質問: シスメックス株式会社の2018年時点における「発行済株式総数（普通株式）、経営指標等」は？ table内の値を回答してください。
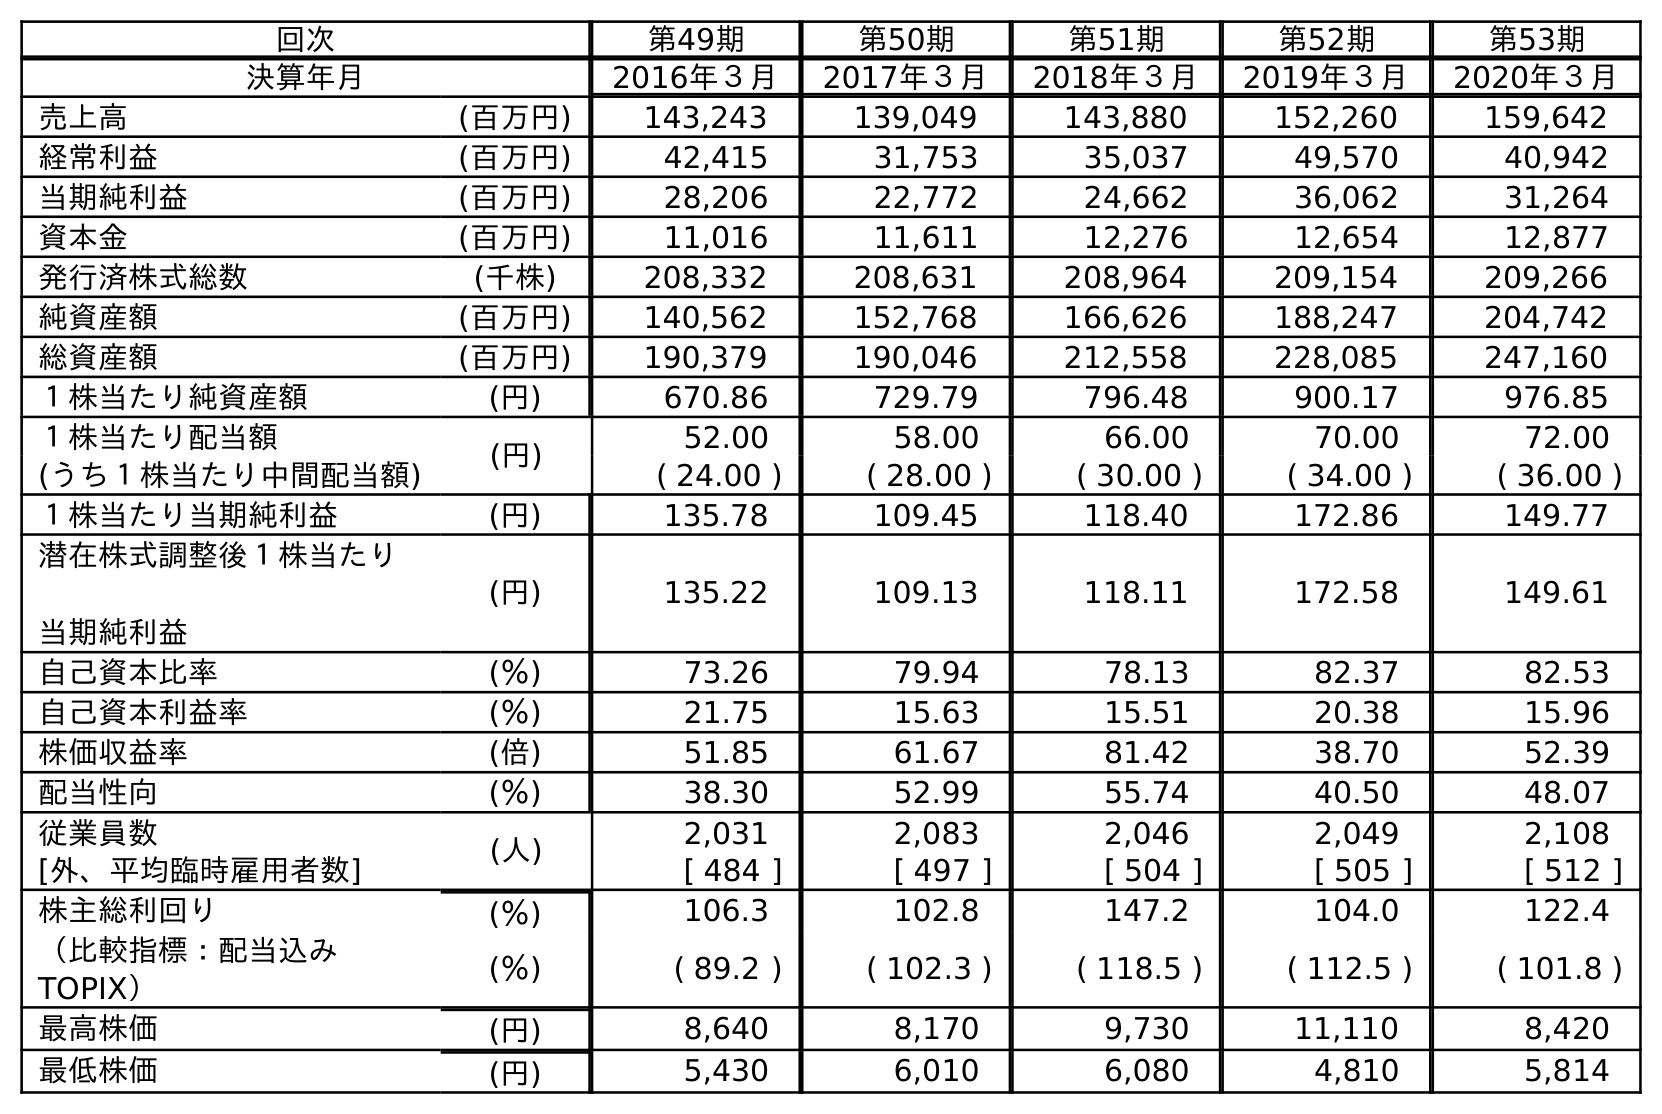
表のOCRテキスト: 回次 第49期 第50期 第51期 第52期 第53期 決算年月 2016年３月 2017年３月 2018年３月 2019年３月 2020年３月 売上高 (百万円) 143,243 139,049 143,880 152,260 159,642 経常利益 (百万円) 42,415 31,753 35,037 49,570 40,942 当期純利益 (百万円) 28,206 22,772 24,662 36,062 31,264 資本金 (百万円) 11,016 11,611 12,276 12,654 12,877 発行済株式総数 (千株) 208,332 208,631 208,964 209,154 209,266 純資産額 (百万円) 140,562 152,768 166,626 188,247 204,742 総資産額 (百万円) 190,379 190,046 212,558 228,085 247,160 １株当たり純資産額 (円) 670.86 729.79 796.48 900.17 976.85 １株当たり配当額 (円) 52.00 58.00 66.00 70.00 72.00 (うち１株当たり中間配当額) ( 24.00 ) ( 28.00 ) ( 30.00 ) ( 34.00 ) ( 36.00 ) １株当たり当期純利益 (円) 135.78 109.45 118.40 172.86 149.77 潜在株式調整後１株当たり 当期純利益 (円) 135.22 109.13 118.11 172.58 149.61 自己資本比率 (％) 73.26 79.94 78.13 82.37 82.53 自己資本利益率 (％) 21.75 15.63 15.51 20.38 15.96 株価収益率 (倍) 51.85 61.67 81.42 38.70 52.39 配当性向 (％) 38.30 52.99 55.74 40.50 48.07 従業員数 (人) 2,031 2,083 2,046 2,049 2,108 [外、平均臨時雇用者数] [ 484 ] [ 497 ] [ 504 ] [ 505 ] [ 512 ] 株主総利回り (％) 106.3 102.8 147.2 104.0 122.4 （比較指標：配当込み TOPIX） (％) ( 89.2 ) ( 102.3 ) ( 118.5 ) ( 112.5 ) ( 101.8 ) 最高株価 (円) 8,640 8,170 9,730 11,110 8,420 最低株価 (円) 5,430 6,010 6,080 4,810 5,814
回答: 208,964